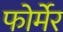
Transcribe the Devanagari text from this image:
फोर्मेर